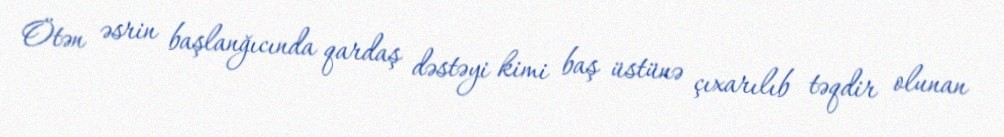
Ötən əsrin başlanğıcında qardaş dəstəyi kimi baş üstünə çıxarılıb təqdir olunan